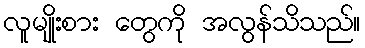
လူမျိုးစား တွေကို အလွန်သိသည်။